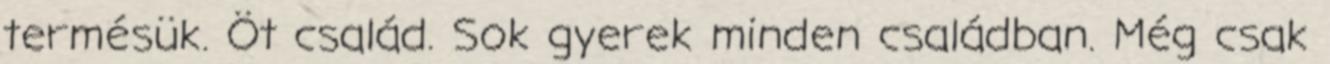
termésük. Öt család. Sok gyerek minden családban. Még csak